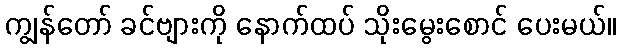
ကျွန်တော် ခင်ဗျားကို နောက်ထပ် သိုးမွေးစောင် ပေးမယ်။